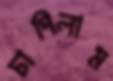
চাপিলাম